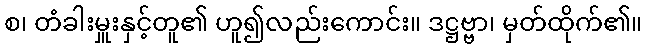
စ၊ တံခါးမှူးနှင့်တူ၏ ဟူ၍လည်းကောင်း။ ဒဋ္ဌဗ္ဗာ၊ မှတ်ထိုက်၏။